Annual administration report of the Civil Veterinary Department of India - 1895-1896
Year: 1895
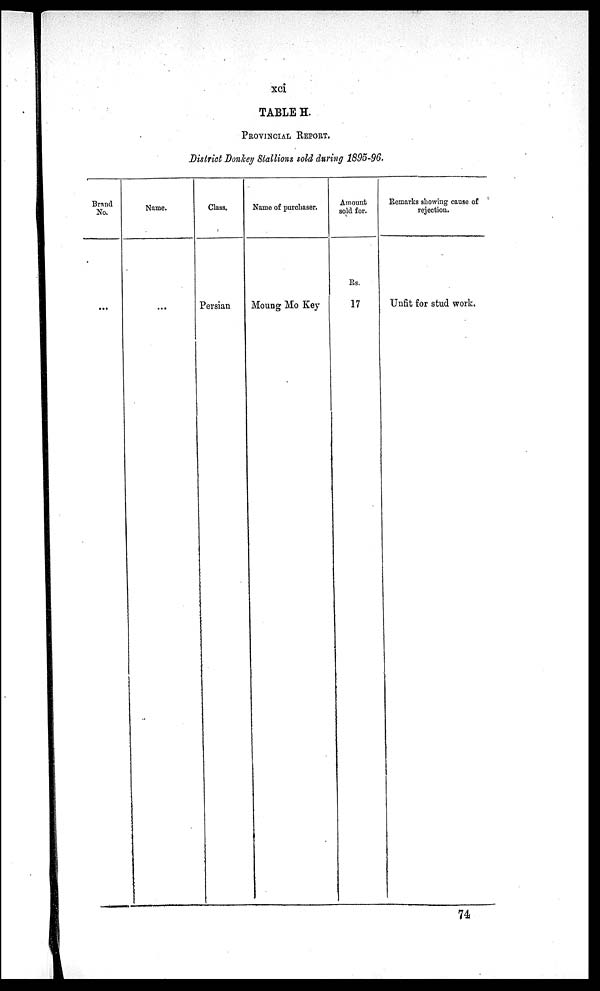
xci
TABLE H.
PROVINCIAL REPORT.
District Donkey Stallions sold during 1895-96.
Brand
No.
...
Name.
...
Class.
Persian
Name of purchaser.
Moung Mo Key
Amouut
sold for.
Rs.
17
Remarks showing cause of
rejection.
Unfit for stud work.
74